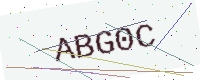
Text: ABG0C